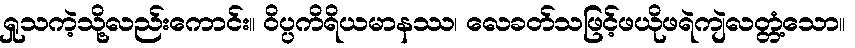
ရှုသကဲ့သို့လည်းကောင်း။ ဝိပ္ပကိရိယမာနဿ၊ လေခတ်သဖြင့်ဖယိုဖရဲကျဲလတ္တံ့သော။